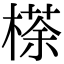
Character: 𣘻